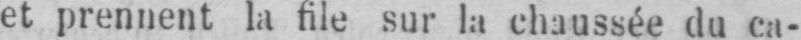
et prennent la file sur la chaussée du ca-